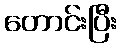
တောင်းပြီး